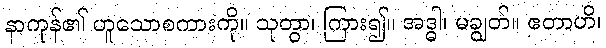
နာကုန်၏ ဟူသောစကားကို။ သုတွာ၊ ကြား၍။ အဒ္ဓါ၊ မချွတ်။ ဧတာဟိ၊